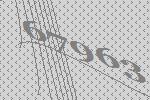
67963